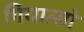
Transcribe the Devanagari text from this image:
गियात्सो